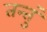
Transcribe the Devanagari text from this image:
तन्तुं